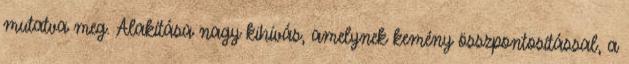
mutatva meg. Alakítása nagy kihívás, amelynek kemény összpontosítással, a